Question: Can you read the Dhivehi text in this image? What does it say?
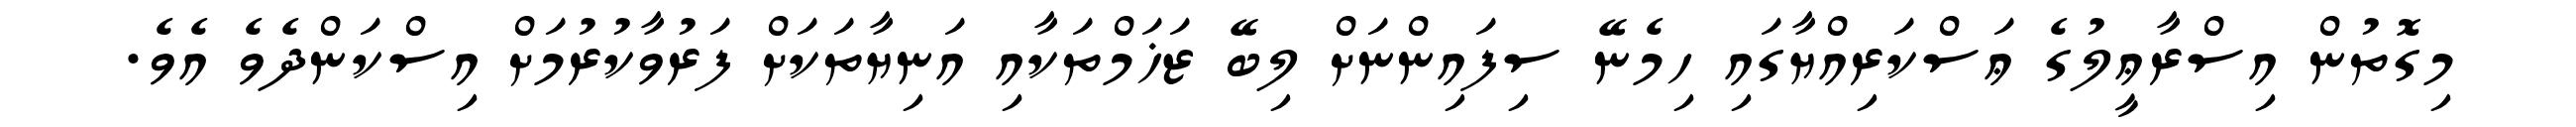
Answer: މިގޮތުން އިސްރާޢީލުގެ ޢަސްކަރިއްޔާގައި ހިމެނޭ ސިފައިންނަށް ލިބޭ ޒަޚަމްތަކާއި އަނިޔާތަކަށް ފަރުވާކުރުމަށް އިސްކަންދެވެ އެވެ.